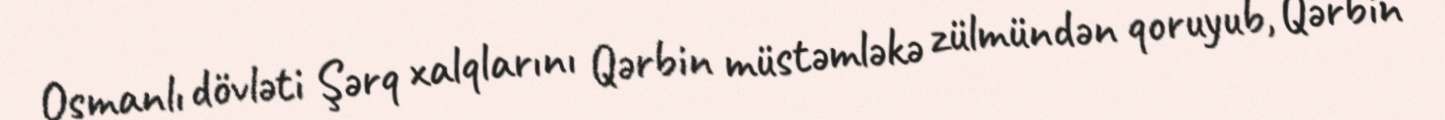
Osmanlı dövləti Şərq xalqlarını Qərbin müstəmləkə zülmündən qoruyub, Qərbin